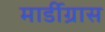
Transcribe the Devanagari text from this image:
मार्डीग्रास